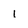
Character: 1